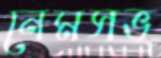
নেমসভ